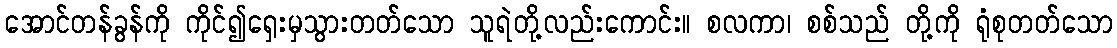
အောင်တန်ခွန်ကို ကိုင်၍ရှေးမှသွားတတ်သော သူရဲတို့လည်းကောင်း။ စလကာ၊ စစ်သည် တို့ကို ရုံစုတတ်သော